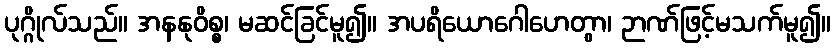
ပုဂ္ဂိုလ်သည်။ အနနုဝိစ္စ၊ မဆင်ခြင်မူ၍။ အပရိယောဂေါဟေတွာ၊ ဉာဏ်ဖြင့်မသက်မူ၍။